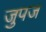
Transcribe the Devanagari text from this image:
जुपज